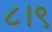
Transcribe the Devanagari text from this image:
८।९